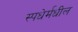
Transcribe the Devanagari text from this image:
स्पधेर्मधील